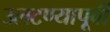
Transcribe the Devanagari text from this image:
उलटण्यापूर्वी